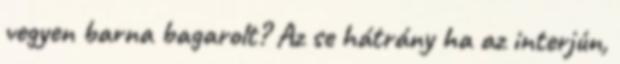
vegyen barna bagarolt? Az se hátrány ha az interjún,